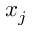
x _ { j }